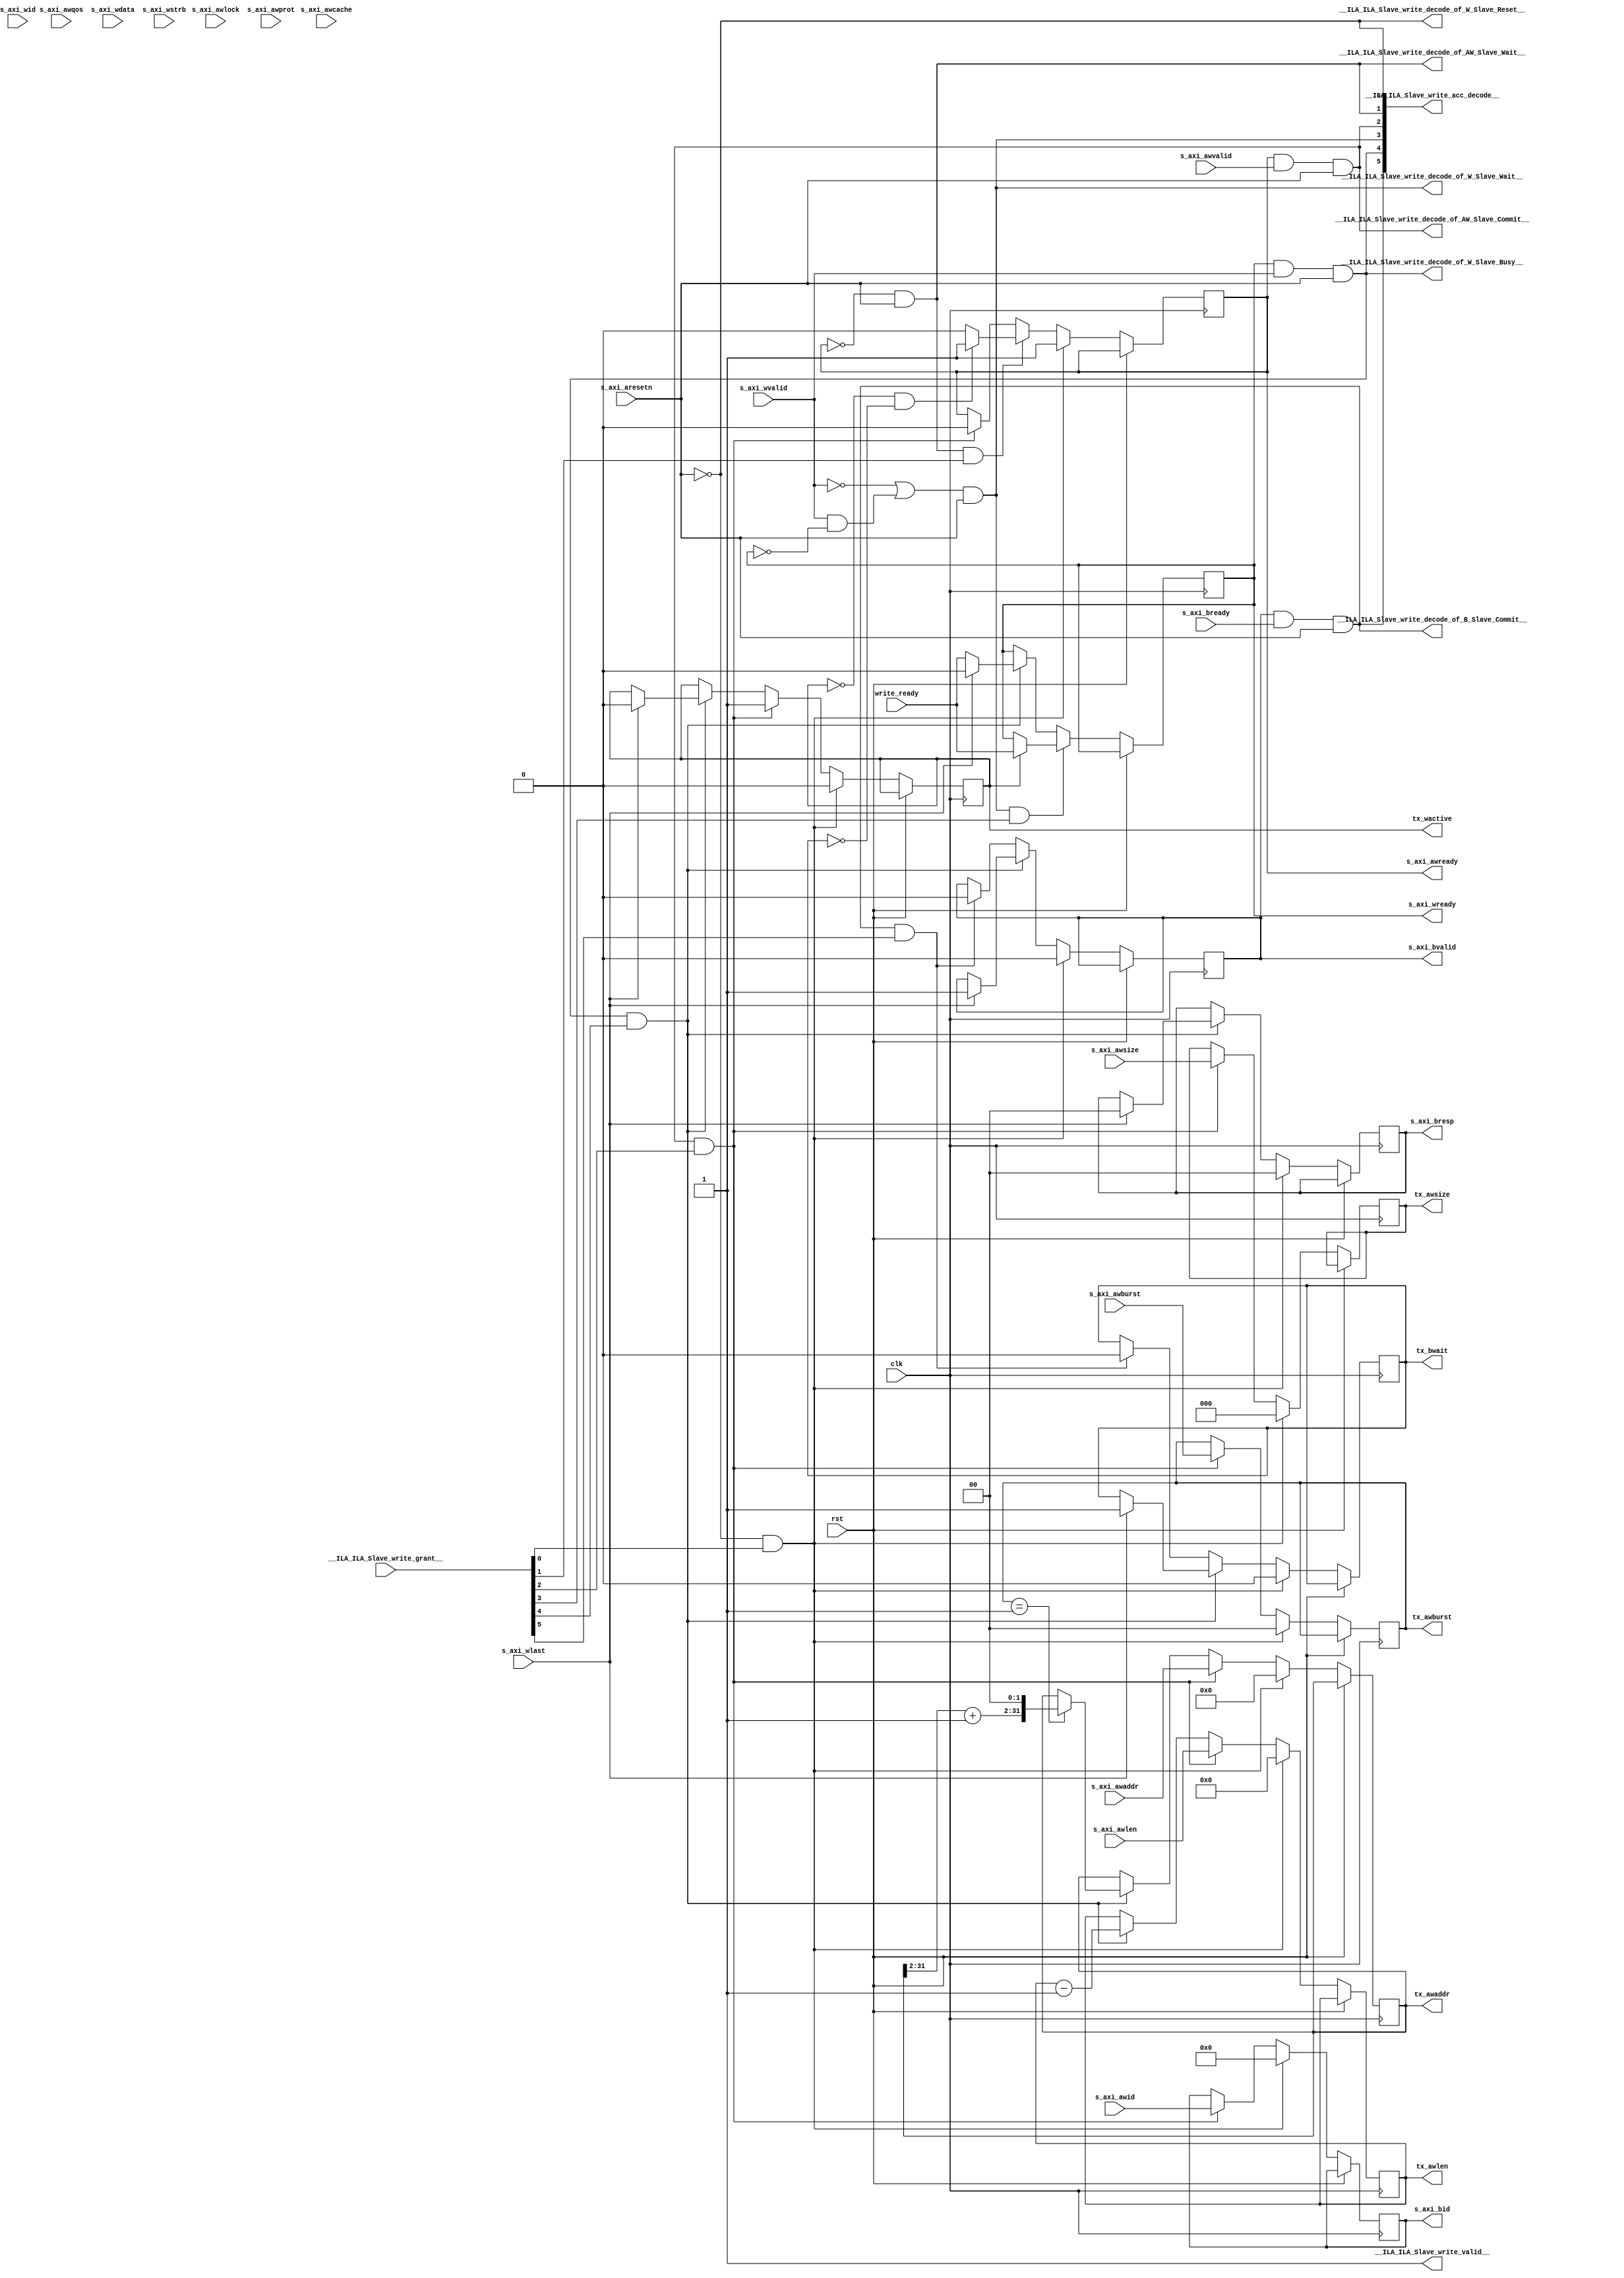
module ILA_Slave_write(
__ILA_ILA_Slave_write_grant__,
clk,
rst,
s_axi_aresetn,
s_axi_awaddr,
s_axi_awburst,
s_axi_awcache,
s_axi_awid,
s_axi_awlen,
s_axi_awlock,
s_axi_awprot,
s_axi_awqos,
s_axi_awsize,
s_axi_awvalid,
s_axi_bready,
s_axi_wdata,
s_axi_wid,
s_axi_wlast,
s_axi_wstrb,
s_axi_wvalid,
write_ready,
__ILA_ILA_Slave_write_acc_decode__,
__ILA_ILA_Slave_write_decode_of_AW_Slave_Commit__,
__ILA_ILA_Slave_write_decode_of_AW_Slave_Wait__,
__ILA_ILA_Slave_write_decode_of_B_Slave_Commit__,
__ILA_ILA_Slave_write_decode_of_W_Slave_Busy__,
__ILA_ILA_Slave_write_decode_of_W_Slave_Reset__,
__ILA_ILA_Slave_write_decode_of_W_Slave_Wait__,
__ILA_ILA_Slave_write_valid__,
s_axi_awready,
s_axi_wready,
s_axi_bid,
s_axi_bresp,
s_axi_bvalid,
tx_wactive,
tx_bwait,
tx_awlen,
tx_awsize,
tx_awaddr,
tx_awburst
);
input      [5:0] __ILA_ILA_Slave_write_grant__;
input            clk;
input            rst;
input            s_axi_aresetn;
input     [31:0] s_axi_awaddr;
input      [1:0] s_axi_awburst;
input      [3:0] s_axi_awcache;
input     [11:0] s_axi_awid;
input      [7:0] s_axi_awlen;
input            s_axi_awlock;
input      [2:0] s_axi_awprot;
input      [3:0] s_axi_awqos;
input      [2:0] s_axi_awsize;
input            s_axi_awvalid;
input            s_axi_bready;
input     [31:0] s_axi_wdata;
input     [11:0] s_axi_wid;
input            s_axi_wlast;
input      [3:0] s_axi_wstrb;
input            s_axi_wvalid;
input            write_ready;
output      [5:0] __ILA_ILA_Slave_write_acc_decode__;
output            __ILA_ILA_Slave_write_decode_of_AW_Slave_Commit__;
output            __ILA_ILA_Slave_write_decode_of_AW_Slave_Wait__;
output            __ILA_ILA_Slave_write_decode_of_B_Slave_Commit__;
output            __ILA_ILA_Slave_write_decode_of_W_Slave_Busy__;
output            __ILA_ILA_Slave_write_decode_of_W_Slave_Reset__;
output            __ILA_ILA_Slave_write_decode_of_W_Slave_Wait__;
output            __ILA_ILA_Slave_write_valid__;
output reg            s_axi_awready;
output reg            s_axi_wready;
output reg     [11:0] s_axi_bid;
output reg      [1:0] s_axi_bresp;
output reg            s_axi_bvalid;
output reg            tx_wactive;
output reg            tx_bwait;
output reg      [7:0] tx_awlen;
output reg      [2:0] tx_awsize;
output reg     [31:0] tx_awaddr;
output reg      [1:0] tx_awburst;
wire      [5:0] __ILA_ILA_Slave_write_acc_decode__;
wire            __ILA_ILA_Slave_write_decode_of_AW_Slave_Commit__;
wire            __ILA_ILA_Slave_write_decode_of_AW_Slave_Wait__;
wire            __ILA_ILA_Slave_write_decode_of_B_Slave_Commit__;
wire            __ILA_ILA_Slave_write_decode_of_W_Slave_Busy__;
wire            __ILA_ILA_Slave_write_decode_of_W_Slave_Reset__;
wire            __ILA_ILA_Slave_write_decode_of_W_Slave_Wait__;
wire      [5:0] __ILA_ILA_Slave_write_grant__;
wire            __ILA_ILA_Slave_write_valid__;
wire     [11:0] bv_12_0_n36;
wire            bv_1_0_n0;
wire            bv_1_1_n3;
wire      [1:0] bv_2_0_n37;
wire      [1:0] bv_2_1_n51;
wire     [29:0] bv_30_1_n54;
wire     [31:0] bv_32_0_n50;
wire      [2:0] bv_3_0_n49;
wire      [7:0] bv_8_0_n46;
wire      [7:0] bv_8_1_n47;
wire            clk;
wire            n1;
wire            n10;
wire            n11;
wire            n12;
wire            n13;
wire            n14;
wire            n15;
wire            n16;
wire            n17;
wire            n18;
wire            n19;
wire            n2;
wire            n20;
wire            n21;
wire            n22;
wire            n23;
wire            n24;
wire            n25;
wire            n26;
wire            n27;
wire            n28;
wire            n29;
wire            n30;
wire            n31;
wire            n32;
wire            n33;
wire            n34;
wire            n35;
wire            n38;
wire      [1:0] n39;
wire            n4;
wire            n40;
wire            n41;
wire            n42;
wire            n43;
wire            n44;
wire            n45;
wire      [7:0] n48;
wire            n5;
wire            n52;
wire     [29:0] n53;
wire     [29:0] n55;
wire     [31:0] n56;
wire     [31:0] n57;
wire            n6;
wire            n7;
wire            n8;
wire            n9;
wire            rst;
wire            s_axi_aresetn;
wire     [31:0] s_axi_awaddr;
wire      [1:0] s_axi_awburst;
wire      [3:0] s_axi_awcache;
wire     [11:0] s_axi_awid;
wire      [7:0] s_axi_awlen;
wire            s_axi_awlock;
wire      [2:0] s_axi_awprot;
wire      [3:0] s_axi_awqos;
wire      [2:0] s_axi_awsize;
wire            s_axi_awvalid;
wire            s_axi_bready;
wire     [31:0] s_axi_wdata;
wire     [11:0] s_axi_wid;
wire            s_axi_wlast;
wire      [3:0] s_axi_wstrb;
wire            s_axi_wvalid;
wire            write_ready;
assign __ILA_ILA_Slave_write_valid__ = 1'b1 ;
assign bv_1_0_n0 = 1'h0 ;
assign n1 =  ( s_axi_aresetn ) == ( bv_1_0_n0 )  ;
assign __ILA_ILA_Slave_write_decode_of_W_Slave_Reset__ = n1 ;
assign __ILA_ILA_Slave_write_acc_decode__[0] = __ILA_ILA_Slave_write_decode_of_W_Slave_Reset__ ;
assign n2 =  ( s_axi_awready ) == ( bv_1_0_n0 )  ;
assign bv_1_1_n3 = 1'h1 ;
assign n4 =  ( s_axi_aresetn ) == ( bv_1_1_n3 )  ;
assign n5 =  ( n2 ) & (n4 )  ;
assign __ILA_ILA_Slave_write_decode_of_AW_Slave_Wait__ = n5 ;
assign __ILA_ILA_Slave_write_acc_decode__[1] = __ILA_ILA_Slave_write_decode_of_AW_Slave_Wait__ ;
assign n6 =  ( s_axi_awready ) == ( bv_1_1_n3 )  ;
assign n7 =  ( s_axi_awvalid ) == ( bv_1_1_n3 )  ;
assign n8 =  ( n6 ) & (n7 )  ;
assign n9 =  ( s_axi_aresetn ) == ( bv_1_1_n3 )  ;
assign n10 =  ( n8 ) & (n9 )  ;
assign __ILA_ILA_Slave_write_decode_of_AW_Slave_Commit__ = n10 ;
assign __ILA_ILA_Slave_write_acc_decode__[2] = __ILA_ILA_Slave_write_decode_of_AW_Slave_Commit__ ;
assign n11 =  ( s_axi_wvalid ) == ( bv_1_0_n0 )  ;
assign n12 =  ( s_axi_wvalid ) == ( bv_1_1_n3 )  ;
assign n13 =  ( s_axi_wready ) == ( bv_1_0_n0 )  ;
assign n14 =  ( n12 ) & (n13 )  ;
assign n15 =  ( n11 ) | ( n14 )  ;
assign n16 =  ( s_axi_aresetn ) == ( bv_1_1_n3 )  ;
assign n17 =  ( n15 ) & (n16 )  ;
assign __ILA_ILA_Slave_write_decode_of_W_Slave_Wait__ = n17 ;
assign __ILA_ILA_Slave_write_acc_decode__[3] = __ILA_ILA_Slave_write_decode_of_W_Slave_Wait__ ;
assign n18 =  ( s_axi_wready ) == ( bv_1_1_n3 )  ;
assign n19 =  ( s_axi_wvalid ) == ( bv_1_1_n3 )  ;
assign n20 =  ( n18 ) & (n19 )  ;
assign n21 =  ( s_axi_aresetn ) == ( bv_1_1_n3 )  ;
assign n22 =  ( n20 ) & (n21 )  ;
assign __ILA_ILA_Slave_write_decode_of_W_Slave_Busy__ = n22 ;
assign __ILA_ILA_Slave_write_acc_decode__[4] = __ILA_ILA_Slave_write_decode_of_W_Slave_Busy__ ;
assign n23 =  ( s_axi_bvalid ) == ( bv_1_1_n3 )  ;
assign n24 =  ( s_axi_bready ) == ( bv_1_1_n3 )  ;
assign n25 =  ( n23 ) & (n24 )  ;
assign n26 =  ( s_axi_aresetn ) == ( bv_1_1_n3 )  ;
assign n27 =  ( n25 ) & (n26 )  ;
assign __ILA_ILA_Slave_write_decode_of_B_Slave_Commit__ = n27 ;
assign __ILA_ILA_Slave_write_acc_decode__[5] = __ILA_ILA_Slave_write_decode_of_B_Slave_Commit__ ;
assign n28 =  ( tx_wactive ) == ( bv_1_0_n0 )  ;
assign n29 =  ( tx_bwait ) == ( bv_1_0_n0 )  ;
assign n30 =  ( n28 ) & (n29 )  ;
assign n31 =  ( n30 ) ? ( bv_1_1_n3 ) : ( bv_1_0_n0 ) ;
assign n32 =  ( tx_wactive ) == ( bv_1_1_n3 )  ;
assign n33 =  ( n32 ) ? ( write_ready ) : ( s_axi_wready ) ;
assign n34 =  ( s_axi_wlast ) == ( bv_1_1_n3 )  ;
assign n35 =  ( n34 ) ? ( bv_1_0_n0 ) : ( write_ready ) ;
assign bv_12_0_n36 = 12'h0 ;
assign bv_2_0_n37 = 2'h0 ;
assign n38 =  ( s_axi_wlast ) == ( bv_1_1_n3 )  ;
assign n39 =  ( n38 ) ? ( bv_2_0_n37 ) : ( s_axi_bresp ) ;
assign n40 =  ( s_axi_wlast ) == ( bv_1_1_n3 )  ;
assign n41 =  ( n40 ) ? ( bv_1_1_n3 ) : ( s_axi_bvalid ) ;
assign n42 =  ( s_axi_wlast ) == ( bv_1_1_n3 )  ;
assign n43 =  ( n42 ) ? ( bv_1_0_n0 ) : ( tx_wactive ) ;
assign n44 =  ( s_axi_wlast ) == ( bv_1_1_n3 )  ;
assign n45 =  ( n44 ) ? ( bv_1_1_n3 ) : ( tx_bwait ) ;
assign bv_8_0_n46 = 8'h0 ;
assign bv_8_1_n47 = 8'h1 ;
assign n48 =  ( tx_awlen ) - ( bv_8_1_n47 )  ;
assign bv_3_0_n49 = 3'h0 ;
assign bv_32_0_n50 = 32'h0 ;
assign bv_2_1_n51 = 2'h1 ;
assign n52 =  ( tx_awburst ) == ( bv_2_1_n51 )  ;
assign n53 = tx_awaddr[31:2] ;
assign bv_30_1_n54 = 30'h1 ;
assign n55 =  ( n53 ) + ( bv_30_1_n54 )  ;
assign n56 =  { ( n55 ) , ( bv_2_0_n37 ) }  ;
assign n57 =  ( n52 ) ? ( n56 ) : ( tx_awaddr ) ;
always @(posedge clk) begin
   if(rst) begin
   end
   else if(__ILA_ILA_Slave_write_valid__) begin
       if ( __ILA_ILA_Slave_write_decode_of_W_Slave_Reset__ && __ILA_ILA_Slave_write_grant__[0] ) begin
           s_axi_awready <= bv_1_1_n3;
       end else if ( __ILA_ILA_Slave_write_decode_of_AW_Slave_Wait__ && __ILA_ILA_Slave_write_grant__[1] ) begin
           s_axi_awready <= n31;
       end else if ( __ILA_ILA_Slave_write_decode_of_AW_Slave_Commit__ && __ILA_ILA_Slave_write_grant__[2] ) begin
           s_axi_awready <= bv_1_0_n0;
       end
       if ( __ILA_ILA_Slave_write_decode_of_W_Slave_Wait__ && __ILA_ILA_Slave_write_grant__[3] ) begin
           s_axi_wready <= n33;
       end else if ( __ILA_ILA_Slave_write_decode_of_W_Slave_Busy__ && __ILA_ILA_Slave_write_grant__[4] ) begin
           s_axi_wready <= n35;
       end
       if ( __ILA_ILA_Slave_write_decode_of_W_Slave_Reset__ && __ILA_ILA_Slave_write_grant__[0] ) begin
           s_axi_bid <= bv_12_0_n36;
       end else if ( __ILA_ILA_Slave_write_decode_of_AW_Slave_Commit__ && __ILA_ILA_Slave_write_grant__[2] ) begin
           s_axi_bid <= s_axi_awid;
       end
       if ( __ILA_ILA_Slave_write_decode_of_W_Slave_Reset__ && __ILA_ILA_Slave_write_grant__[0] ) begin
           s_axi_bresp <= bv_2_0_n37;
       end else if ( __ILA_ILA_Slave_write_decode_of_W_Slave_Busy__ && __ILA_ILA_Slave_write_grant__[4] ) begin
           s_axi_bresp <= n39;
       end
       if ( __ILA_ILA_Slave_write_decode_of_W_Slave_Reset__ && __ILA_ILA_Slave_write_grant__[0] ) begin
           s_axi_bvalid <= bv_1_0_n0;
       end else if ( __ILA_ILA_Slave_write_decode_of_W_Slave_Busy__ && __ILA_ILA_Slave_write_grant__[4] ) begin
           s_axi_bvalid <= n41;
       end else if ( __ILA_ILA_Slave_write_decode_of_B_Slave_Commit__ && __ILA_ILA_Slave_write_grant__[5] ) begin
           s_axi_bvalid <= bv_1_0_n0;
       end
       if ( __ILA_ILA_Slave_write_decode_of_W_Slave_Reset__ && __ILA_ILA_Slave_write_grant__[0] ) begin
           tx_wactive <= bv_1_0_n0;
       end else if ( __ILA_ILA_Slave_write_decode_of_AW_Slave_Commit__ && __ILA_ILA_Slave_write_grant__[2] ) begin
           tx_wactive <= bv_1_1_n3;
       end else if ( __ILA_ILA_Slave_write_decode_of_W_Slave_Busy__ && __ILA_ILA_Slave_write_grant__[4] ) begin
           tx_wactive <= n43;
       end
       if ( __ILA_ILA_Slave_write_decode_of_W_Slave_Reset__ && __ILA_ILA_Slave_write_grant__[0] ) begin
           tx_bwait <= bv_1_0_n0;
       end else if ( __ILA_ILA_Slave_write_decode_of_W_Slave_Busy__ && __ILA_ILA_Slave_write_grant__[4] ) begin
           tx_bwait <= n45;
       end else if ( __ILA_ILA_Slave_write_decode_of_B_Slave_Commit__ && __ILA_ILA_Slave_write_grant__[5] ) begin
           tx_bwait <= bv_1_0_n0;
       end
       if ( __ILA_ILA_Slave_write_decode_of_W_Slave_Reset__ && __ILA_ILA_Slave_write_grant__[0] ) begin
           tx_awlen <= bv_8_0_n46;
       end else if ( __ILA_ILA_Slave_write_decode_of_AW_Slave_Commit__ && __ILA_ILA_Slave_write_grant__[2] ) begin
           tx_awlen <= s_axi_awlen;
       end else if ( __ILA_ILA_Slave_write_decode_of_W_Slave_Busy__ && __ILA_ILA_Slave_write_grant__[4] ) begin
           tx_awlen <= n48;
       end
       if ( __ILA_ILA_Slave_write_decode_of_W_Slave_Reset__ && __ILA_ILA_Slave_write_grant__[0] ) begin
           tx_awsize <= bv_3_0_n49;
       end else if ( __ILA_ILA_Slave_write_decode_of_AW_Slave_Commit__ && __ILA_ILA_Slave_write_grant__[2] ) begin
           tx_awsize <= s_axi_awsize;
       end
       if ( __ILA_ILA_Slave_write_decode_of_W_Slave_Reset__ && __ILA_ILA_Slave_write_grant__[0] ) begin
           tx_awaddr <= bv_32_0_n50;
       end else if ( __ILA_ILA_Slave_write_decode_of_AW_Slave_Commit__ && __ILA_ILA_Slave_write_grant__[2] ) begin
           tx_awaddr <= s_axi_awaddr;
       end else if ( __ILA_ILA_Slave_write_decode_of_W_Slave_Busy__ && __ILA_ILA_Slave_write_grant__[4] ) begin
           tx_awaddr <= n57;
       end
       if ( __ILA_ILA_Slave_write_decode_of_W_Slave_Reset__ && __ILA_ILA_Slave_write_grant__[0] ) begin
           tx_awburst <= bv_2_0_n37;
       end else if ( __ILA_ILA_Slave_write_decode_of_AW_Slave_Commit__ && __ILA_ILA_Slave_write_grant__[2] ) begin
           tx_awburst <= s_axi_awburst;
       end
   end
end
endmodule